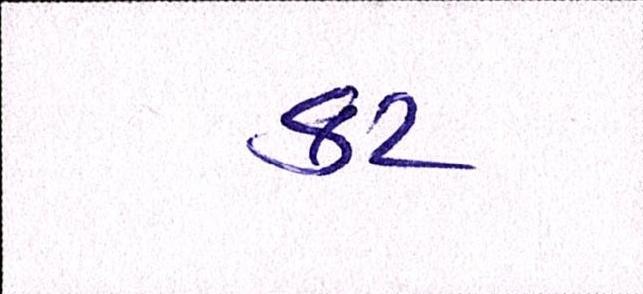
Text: કટ